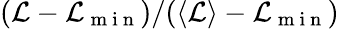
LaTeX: (\mathcal{L}-\mathcal{L}_{\mathrm{~m~i~n~}})/(\langle\mathcal{L}\rangle-\mathcal{L}_{\mathrm{~m~i~n~}})